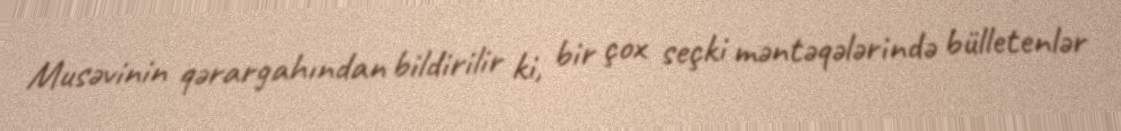
Musəvinin qərargahından bildirilir ki, bir çox seçki məntəqələrində bülletenlər